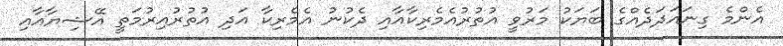
އެންމެ ގިނައަދަދެއްގެ ބަޔަކު މަރުވީ އުތުރުއެމެރިކާއާއި ދެކުނު އެމެރިކާ އަދި އުތުރުއިރުމަތީ އޭޝިޔާއާއި